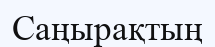
Саңырақтың